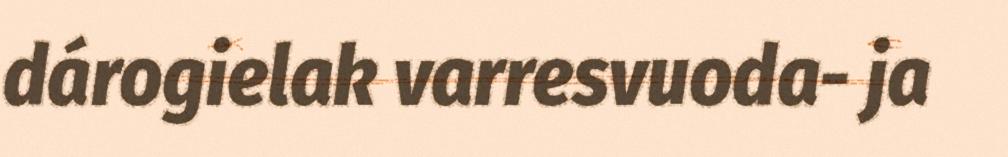
dárogielak varresvuoda- ja